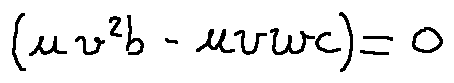
( u v ^ { 2 } b - u v w c ) = 0